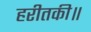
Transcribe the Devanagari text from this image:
हरीतकी॥